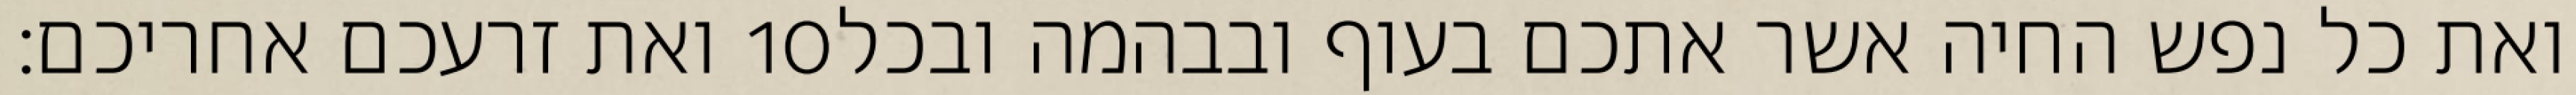
ואת זרעכם אחריכם׃ ‎10‏ ואת כל נפש החיה אשר אתכם בעוף ובבהמה ובכל